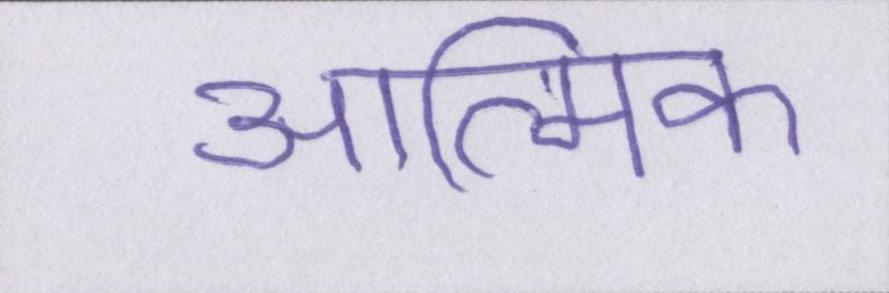
आत्मिक